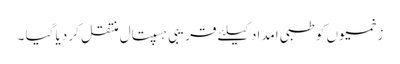
زخمیوں کو طبی امداد کیلئے قریبی ہسپتال منتقل کر دیا گیا ۔